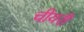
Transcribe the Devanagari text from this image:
चीयरी